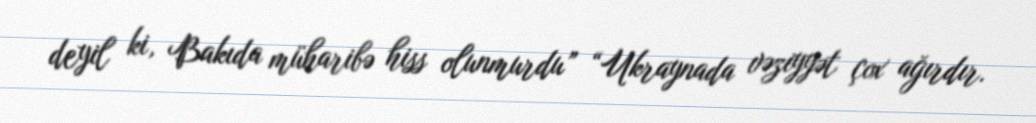
deyil ki, Bakıda müharibə hiss olunmurdu” “Ukraynada vəziyyət çox ağırdır.